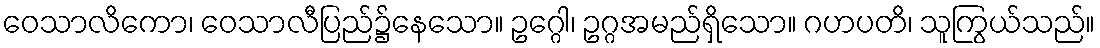
ဝေသာလိကော၊ ဝေသာလီပြည်၌နေသော။ ဥဂ္ဂေါ၊ ဥဂ္ဂအမည်ရှိသော။ ဂဟပတိ၊ သူကြွယ်သည်။